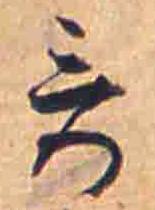
哥